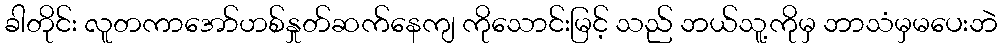
ခါတိုင်း လူတကာအော်ဟစ်နှုတ်ဆက်နေကျ ကိုသောင်းမြင့် သည် ဘယ်သူ့ကိုမှ ဘာသံမှမပေးဘဲ